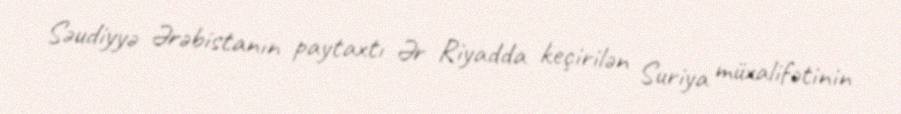
Səudiyyə Ərəbistanın paytaxtı Ər Riyadda keçirilən Suriya müxalifətinin